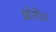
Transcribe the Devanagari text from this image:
छोरोंपर